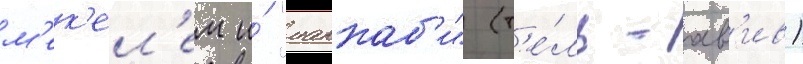
м'ек'ел'ем и́ "маккаб'и" (т'е́ль-ав'ив)